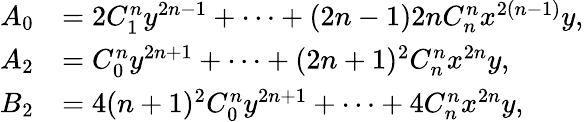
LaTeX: \begin{array}{rl}{A_{0}}&{=2C_{1}^{n}y^{2n-1}+\cdots+(2n-1)2nC_{n}^{n}x^{2(n-1)}y,}\\ {A_{2}}&{=C_{0}^{n}y^{2n+1}+\cdots+(2n+1)^{2}C_{n}^{n}x^{2n}y,}\\ {B_{2}}&{=4(n+1)^{2}C_{0}^{n}y^{2n+1}+\cdots+4C_{n}^{n}x^{2n}y,}\end{array}